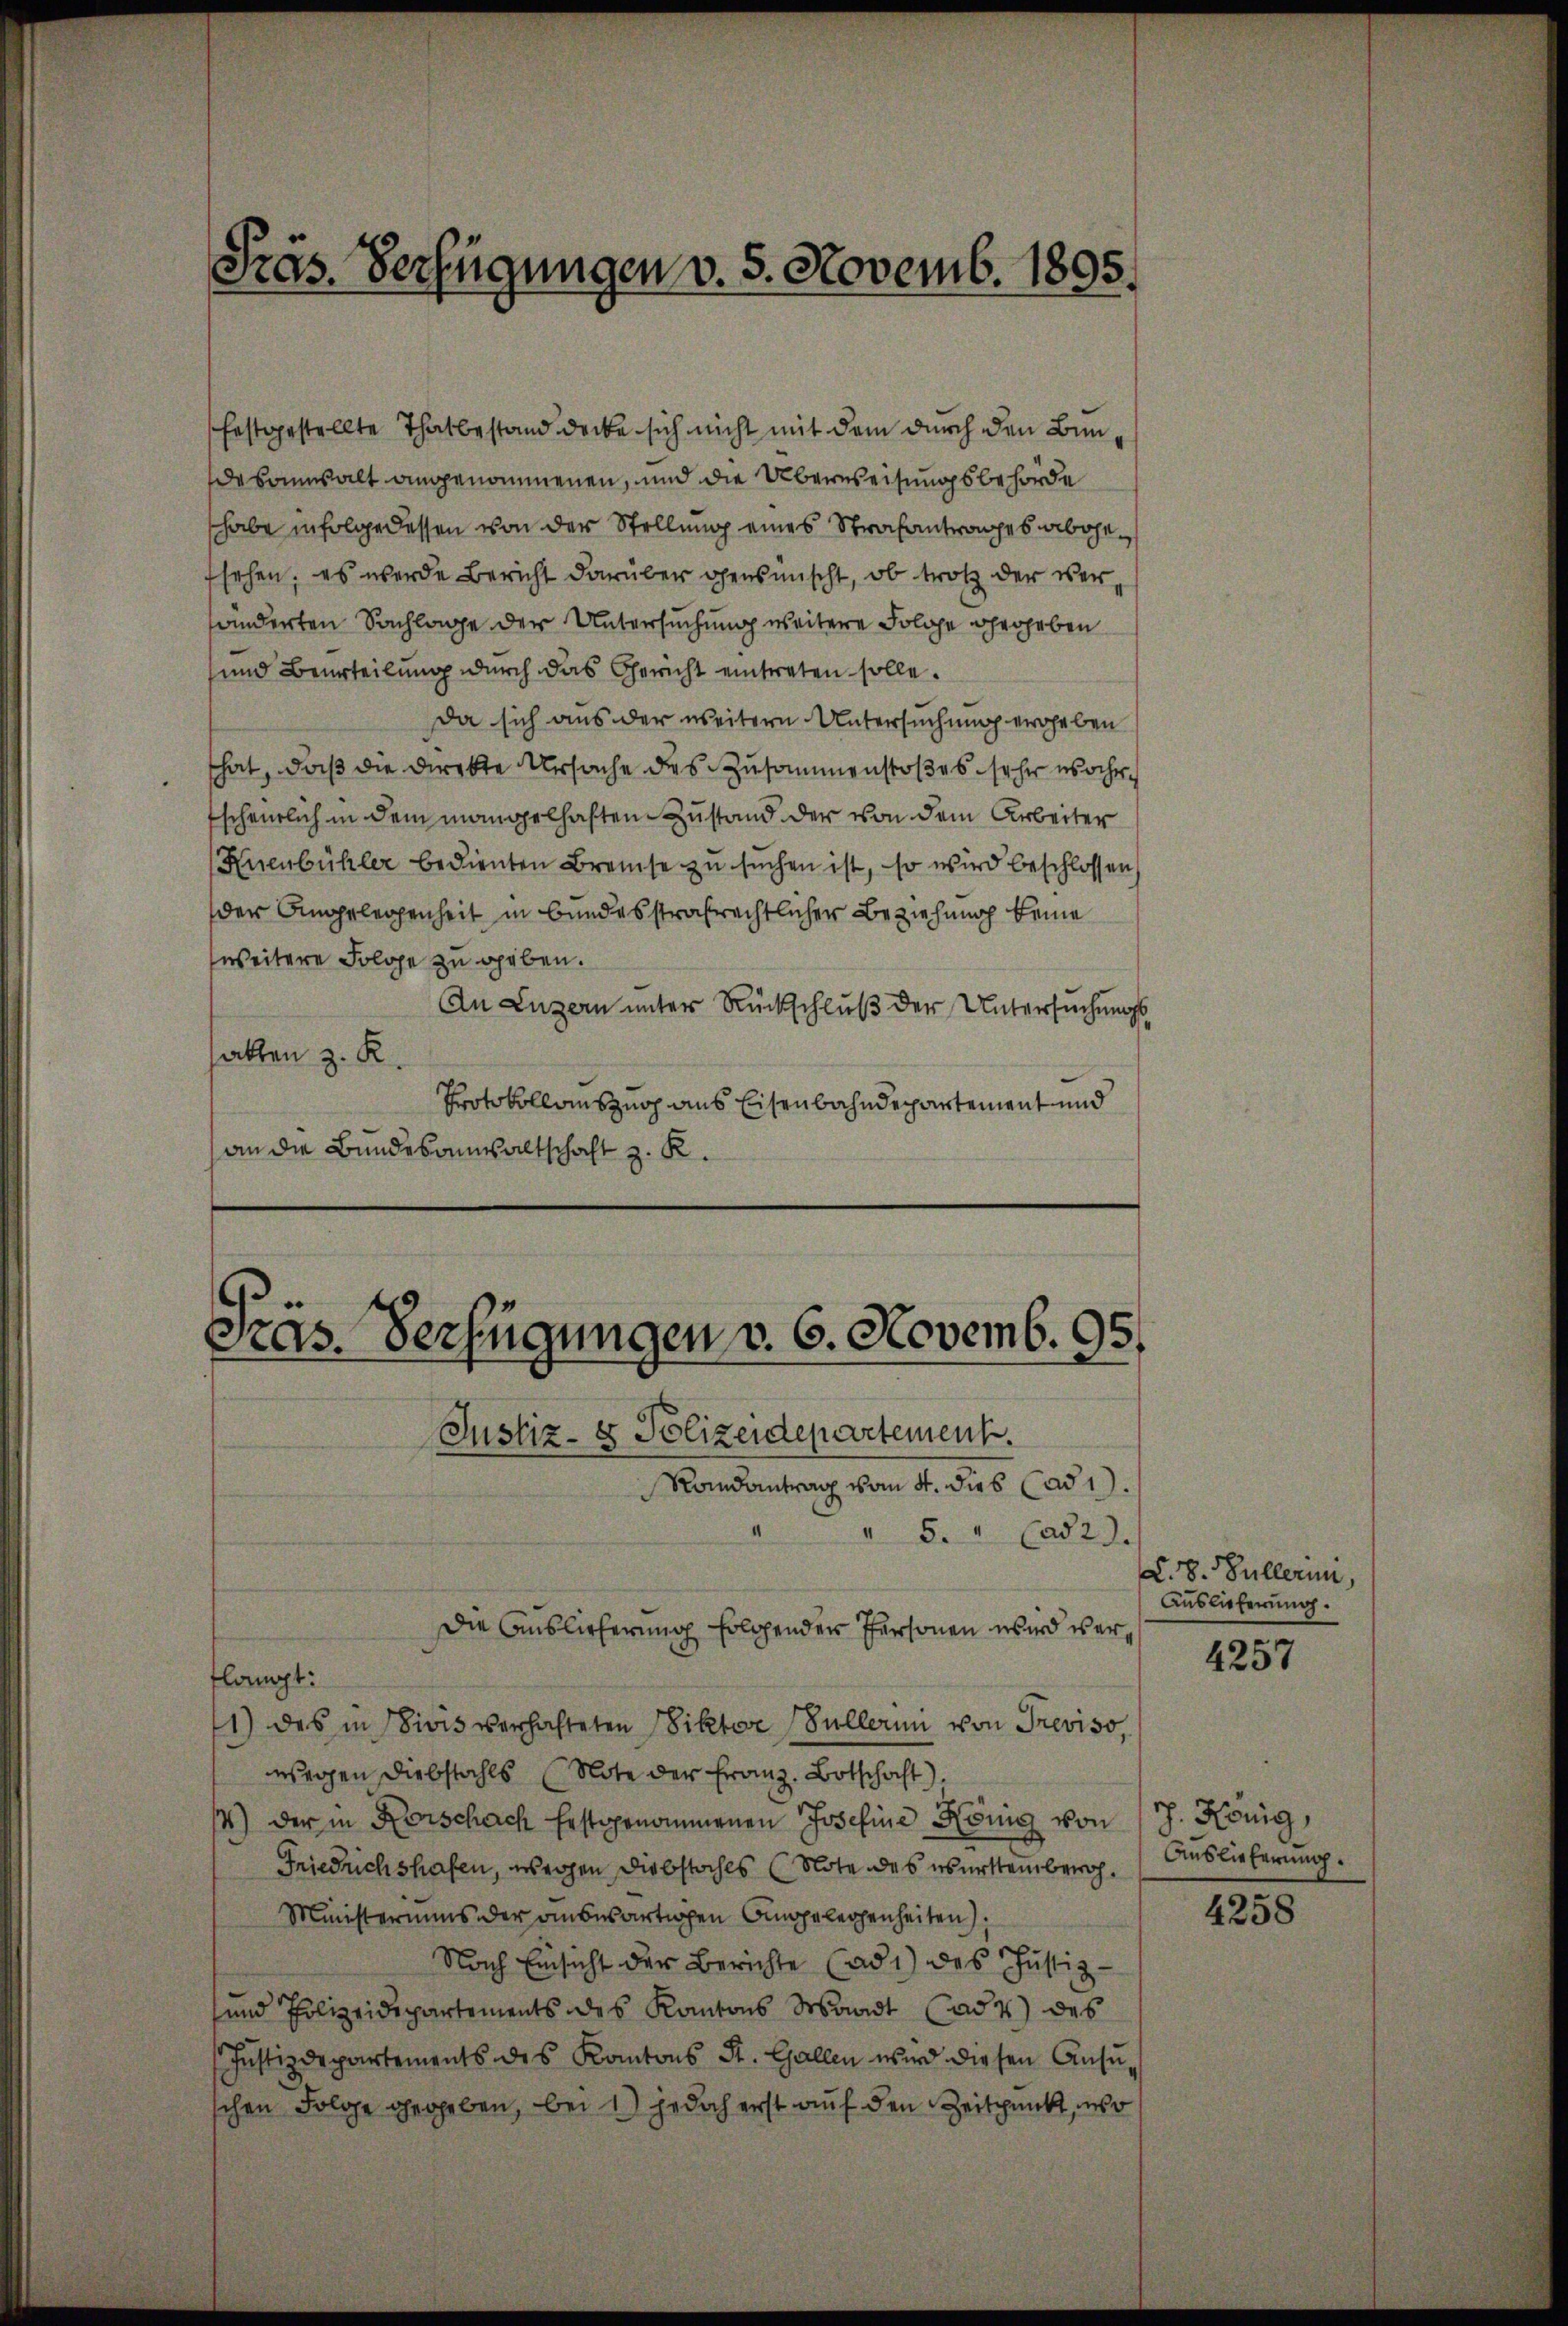
Präs. Verfügungen v. 5. Novemb. 1895.

festgestellte Thatbestand decke sich nicht mit dem durch den Bun
desanwalt angenommenen, und die Überweisungsbehörde
habe infolge dessen von der Stellung eines Strafantrages abgefsehen, es werde Bericht darüber gensmischt, ob trotz der versänderten Sachlage der Untersuchung weitere Folge gegeben
und Beurteilung durch das Gericht eintreten solle.
Da sich aus der weitern Untersuchung ergeben
hat, daß die Direkte Ursache des Zusammenstoßes sehr wahr
Escheinlich in dem mangelhaften Zustand der von dem Arbeiter
Huenbühler bedienten Breise zu suchen ist, so wird beschlossen,
der Angelegenheit in bundesstrafrechtlicher Beziehung keine
weitere Folge zu geben.
An Luzern unter Rückschluß der Untersuchungs
atten z. R.
Protokollauszug aus Eisenbahndepartement und
an die Bundesanwaltschaft z. R.

Präs. Verfügungen v. 6. Novemb. 95.

Justiz- & Polizeidepartement.
Randantrag vom 4. dies ad 1.
" 5. " (ad 2.
Die Auslieferung folgender Personen wird verflampt:
1) das in Sivis verhalteten Viktor Müllerin von Treviso,
wegen Diebstahls Note der Franz. Botschaft).
4) der in Forschach Erstgenommenen Josefine König von
Friedrichshafen, wegen Diebstahls (Note des überstein bewoh¬
Ministeriums der auswärtigen Angelegenheiten,
Nach Einsicht der Berichte (ad 1) des Justiz-
und Polizeidepartements des Kantons Waadt (adt) des
Justizdepartements des Kantons St. Gallen wird diesen Ansuschen Folge gegeben, bei 1) jedoch erst auf den Zeitpunkt, wo

d. 8. Müllerin,
Auslieferung.

4257

h. König,
Auslieferung.

4258